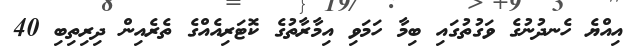
އިއްޔެ ހެނދުނުގެ ވަގުތުގައި ބިމާ ހަމަވި އިމާރާތުގެ ކޮޓަރިއެއްގެ ތެރެއިން ދިރިތިބި 40